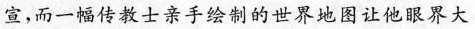
宣，而一幅传教士亲手绘制的世界地图让他眼界大